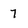
Character: 7